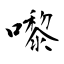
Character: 嚟